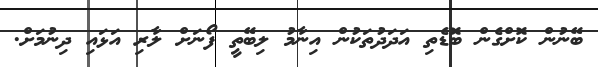
ބޭނުން ކޮށްގެން ބޮޑެތި އަދަދުތަކުން އިނާމު ލިބޭތީ ފޯނަށް ލާރި އަޅައި ދިނުމަށް.